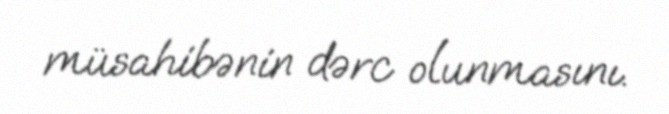
müsahibənin dərc olunmasını.